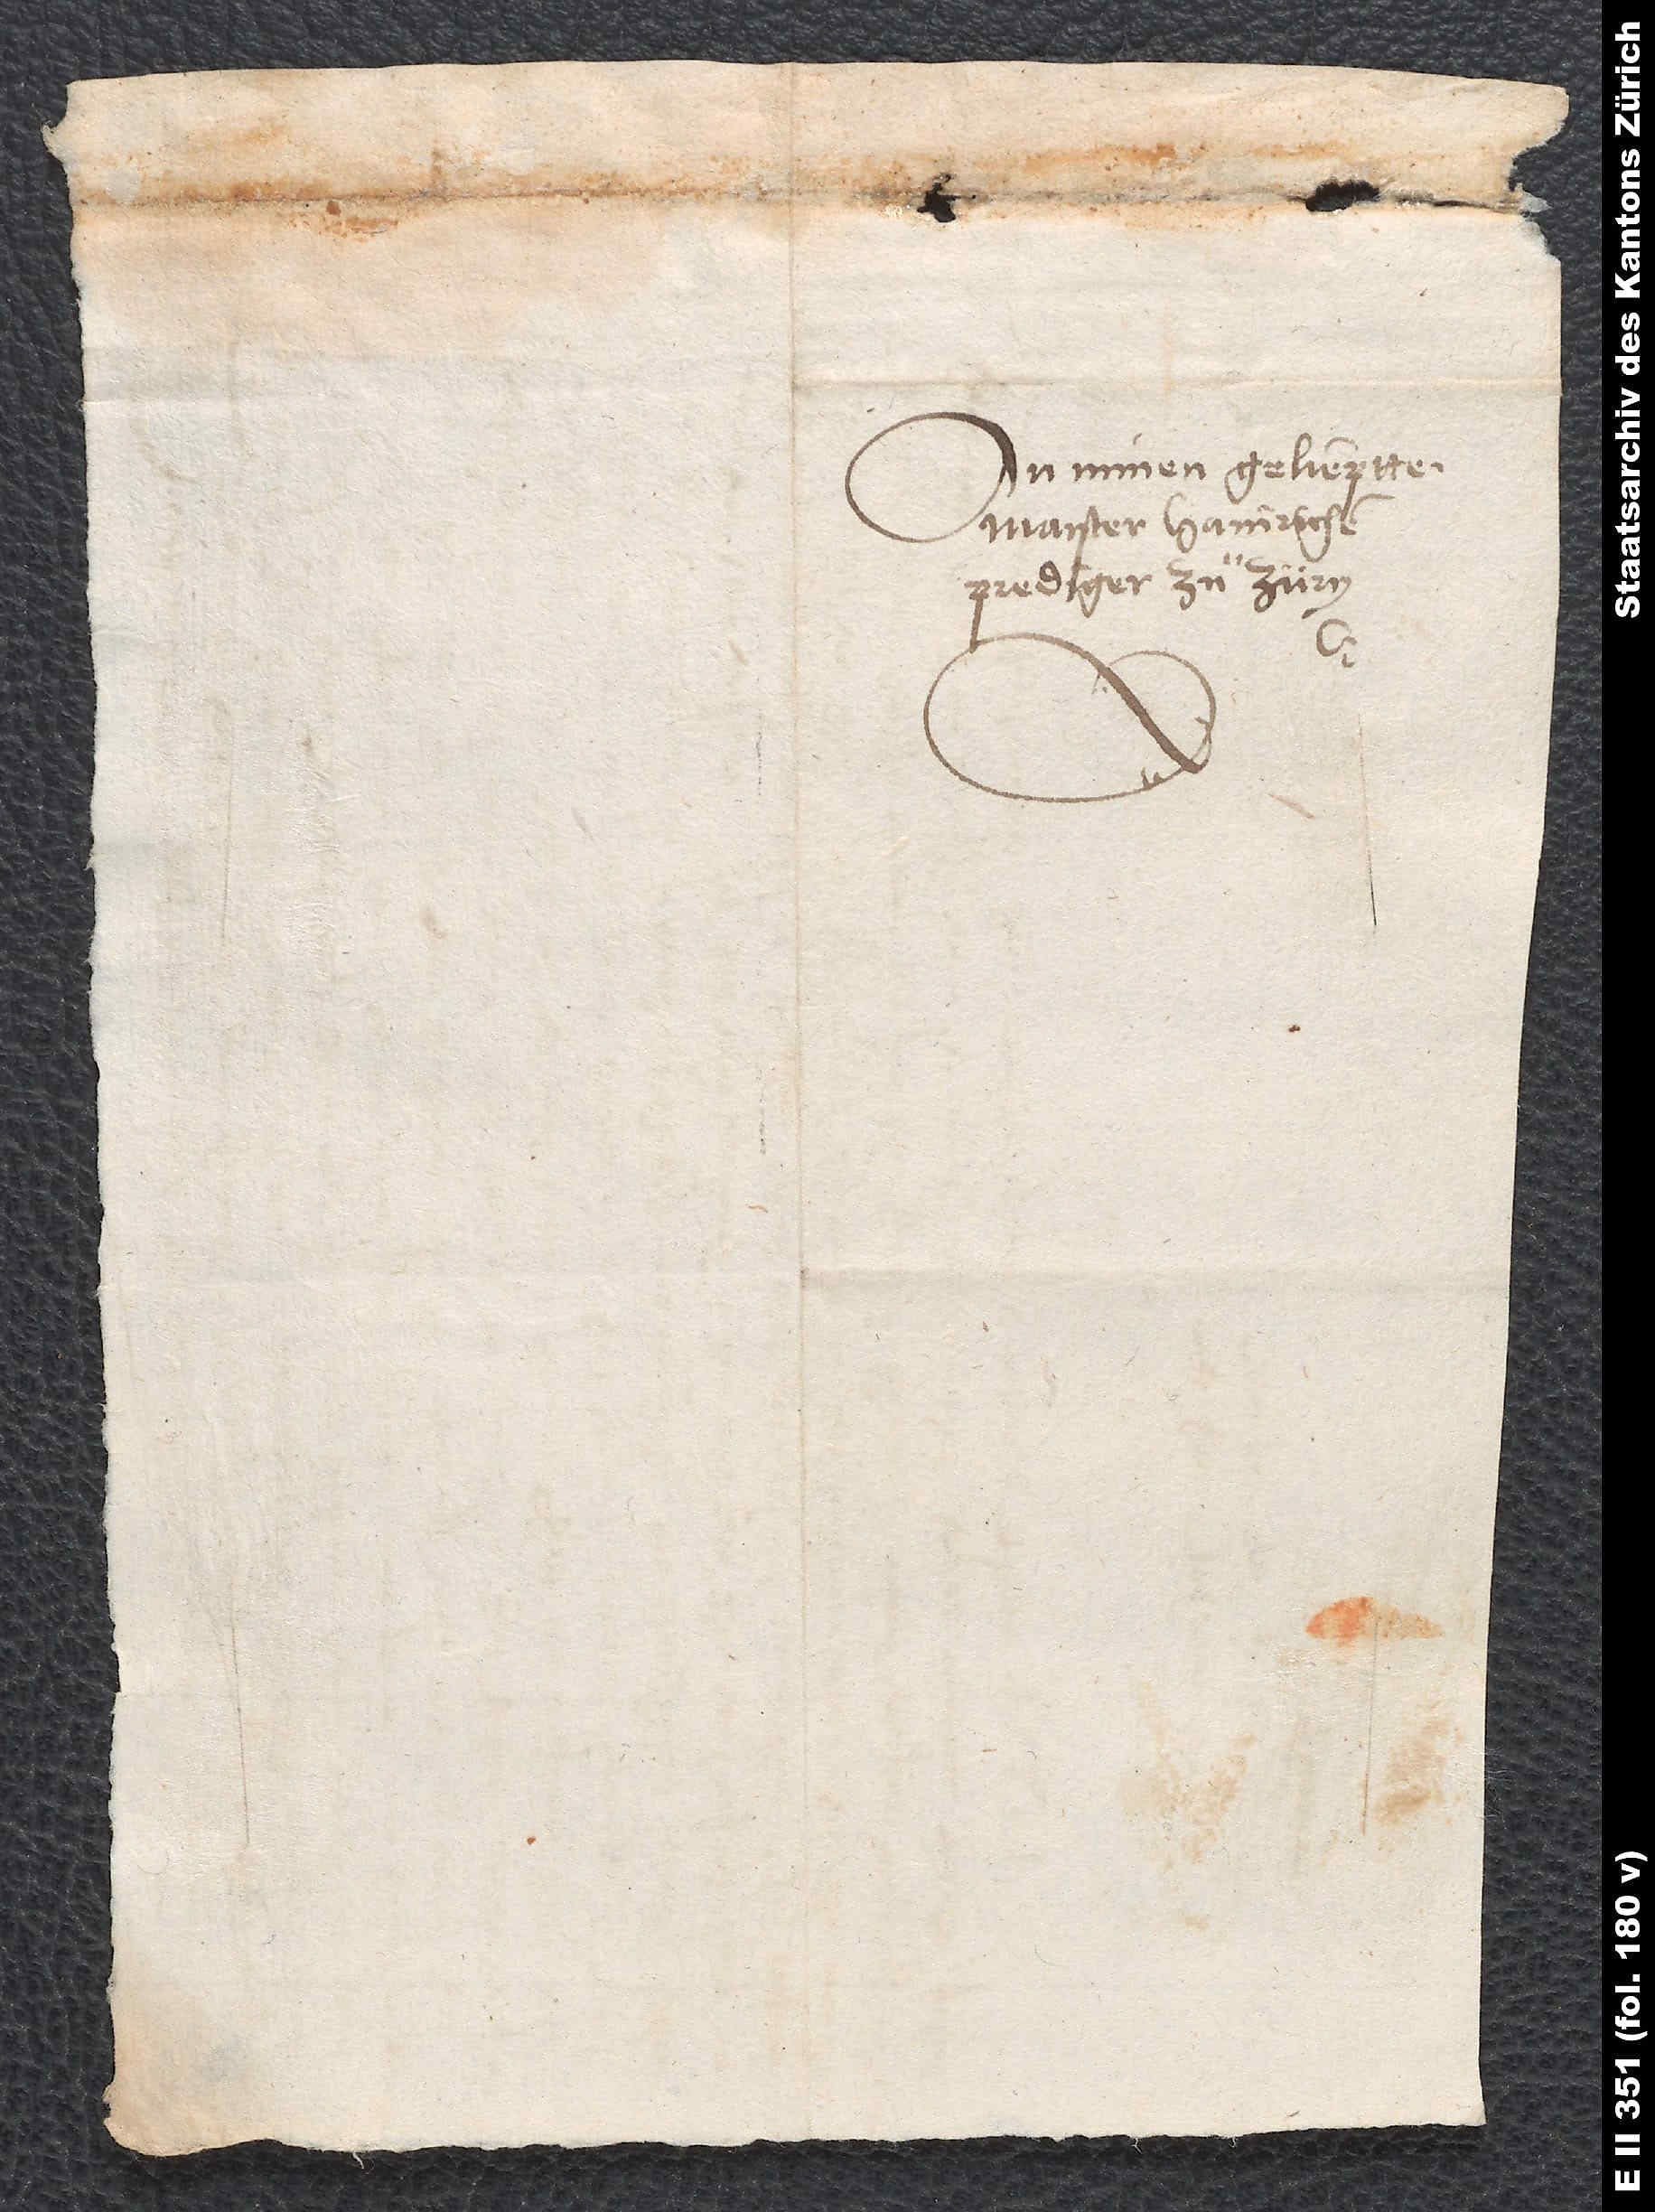
An minen gelieptten